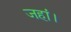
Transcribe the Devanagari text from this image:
जहां।